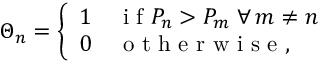
\Theta _ { n } = \left\{ \begin{array} { l l } { 1 } & { \mathrm { ~ i ~ f ~ } P _ { n } > P _ { m } ~ \forall \, m \neq n } \\ { 0 } & { \mathrm { ~ o ~ t ~ h ~ e ~ r ~ w ~ i ~ s ~ e ~ } , } \end{array} \right.